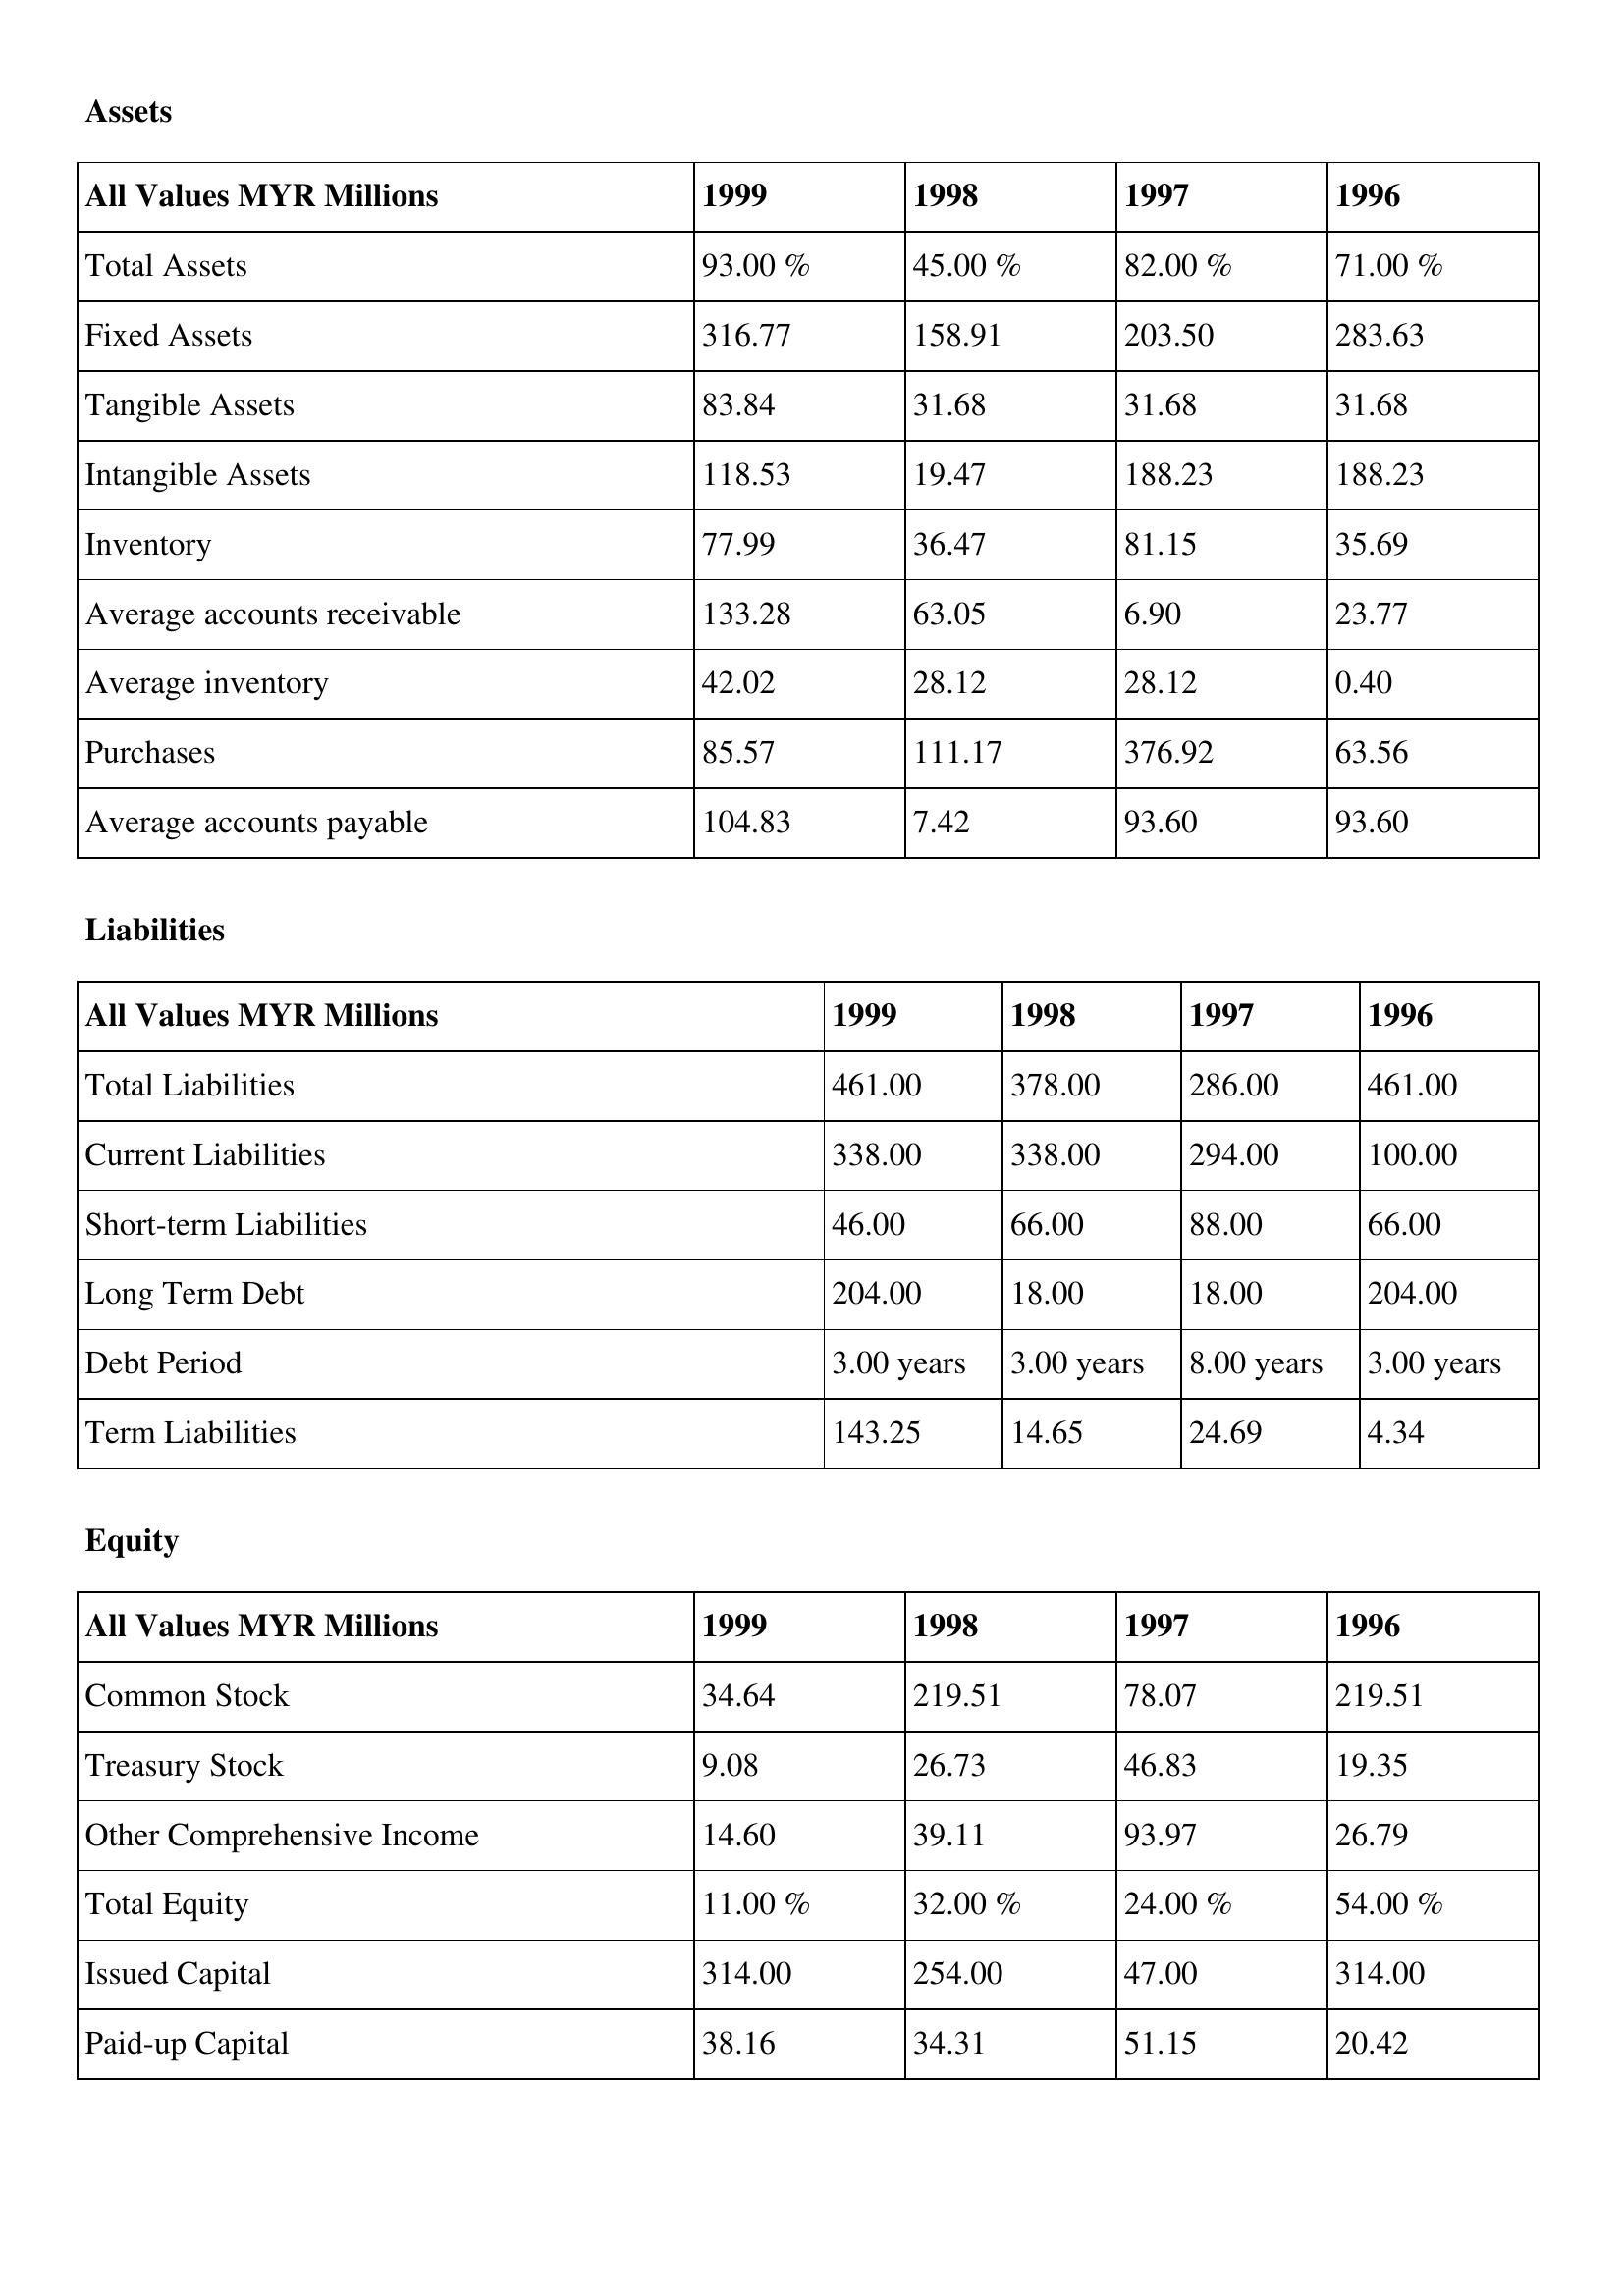
gt_parse: 1999: Assets: Total Assets: 93.00 %
Fixed Assets: 316.77
Tangible Assets: 83.84
Intangible Assets: 118.53
Inventory: 77.99
Average accounts receivable: 133.28
Average inventory: 42.02
Purchases: 85.57
Average accounts payable: 104.83
Liabilities: Total Liabilities: 461.00
Current Liabilities: 338.00
Short-term Liabilities: 46.00
Long Term Debt: 204.00
Debt Period: 3.00 years
Term Liabilities: 143.25
Equity: Common Stock: 34.64
Treasury Stock: 9.08
Other Comprehensive Income: 14.60
Total Equity: 11.00 %
Issued Capital: 314.00
Paid-up Capital: 38.16
1998: Assets: Total Assets: 45.00 %
Fixed Assets: 158.91
Tangible Assets: 31.68
Intangible Assets: 19.47
Inventory: 36.47
Average accounts receivable: 63.05
Average inventory: 28.12
Purchases: 111.17
Average accounts payable: 7.42
Liabilities: Total Liabilities: 378.00
Current Liabilities: 338.00
Short-term Liabilities: 66.00
Long Term Debt: 18.00
Debt Period: 3.00 years
Term Liabilities: 14.65
Equity: Common Stock: 219.51
Treasury Stock: 26.73
Other Comprehensive Income: 39.11
Total Equity: 32.00 %
Issued Capital: 254.00
Paid-up Capital: 34.31
1997: Assets: Total Assets: 82.00 %
Fixed Assets: 203.50
Tangible Assets: 31.68
Intangible Assets: 188.23
Inventory: 81.15
Average accounts receivable: 6.90
Average inventory: 28.12
Purchases: 376.92
Average accounts payable: 93.60
Liabilities: Total Liabilities: 286.00
Current Liabilities: 294.00
Short-term Liabilities: 88.00
Long Term Debt: 18.00
Debt Period: 8.00 years
Term Liabilities: 24.69
Equity: Common Stock: 78.07
Treasury Stock: 46.83
Other Comprehensive Income: 93.97
Total Equity: 24.00 %
Issued Capital: 47.00
Paid-up Capital: 51.15
1996: Assets: Total Assets: 71.00 %
Fixed Assets: 283.63
Tangible Assets: 31.68
Intangible Assets: 188.23
Inventory: 35.69
Average accounts receivable: 23.77
Average inventory: 0.40
Purchases: 63.56
Average accounts payable: 93.60
Liabilities: Total Liabilities: 461.00
Current Liabilities: 100.00
Short-term Liabilities: 66.00
Long Term Debt: 204.00
Debt Period: 3.00 years
Term Liabilities: 4.34
Equity: Common Stock: 219.51
Treasury Stock: 19.35
Other Comprehensive Income: 26.79
Total Equity: 54.00 %
Issued Capital: 314.00
Paid-up Capital: 20.42